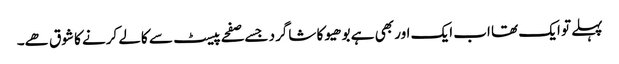
پہلے تو ایک تھا اب ایک اور بھی ہے بوھیو کا شاگرد جسے صفحے پیسٹ سے کالے کرنے کا شوق ھے۔